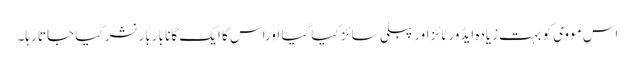
اس مووی کو بہت زیادہ ایڈورٹائز اور پبلی سائز کیا گیا اوراس کا ایک گانا بار بار نشر کیا جاتا رہا۔